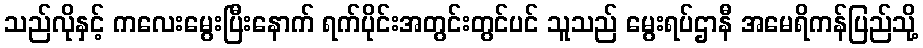
သည်လိုနှင့် ကလေးမွေးပြီးနောက် ရက်ပိုင်းအတွင်းတွင်ပင် သူသည် မွေးရပ်ဌာနီ အမေရိကန်ပြည်သို့